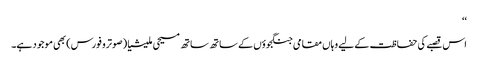
‘‘
اس قصبے کی حفاظت کے لیے وہاں مقامی جنگجوؤں کے ساتھ ساتھ مسیحی ملیشیا (صوترو فورس) بھی موجود ہے۔